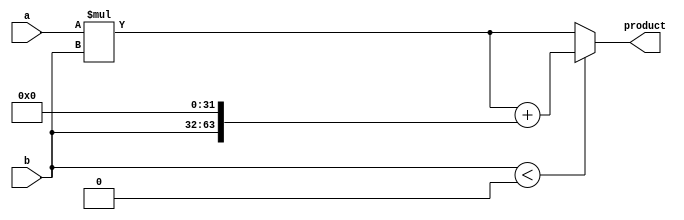
module signed_multiplier (
    input signed [31:0] a,
    input signed [31:0] b,
    output signed [63:0] product
);

reg signed [63:0] temp_product;
reg signed [63:0] shifted_b;

assign product = temp_product;

always @ (*) begin
    temp_product = a * b;
    shifted_b = b << 32;
    if (b < 0) begin
        temp_product = temp_product + shifted_b;
    end
end

endmodule